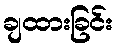
ချထားခြင်း